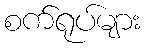
စက်ရုပ်များ